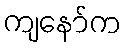
ကျနော်က